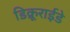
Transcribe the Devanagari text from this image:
डिक्रूराईडे